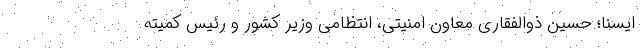
ایسنا؛ حسین ذوالفقاری معاون امنیتی، انتظامی وزیر کشور و رئیس کمیته